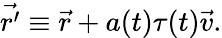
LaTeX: \vec{r^{\prime}}\equiv\vec{r}+a(t)\tau(t)\vec{v}.